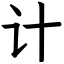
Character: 计